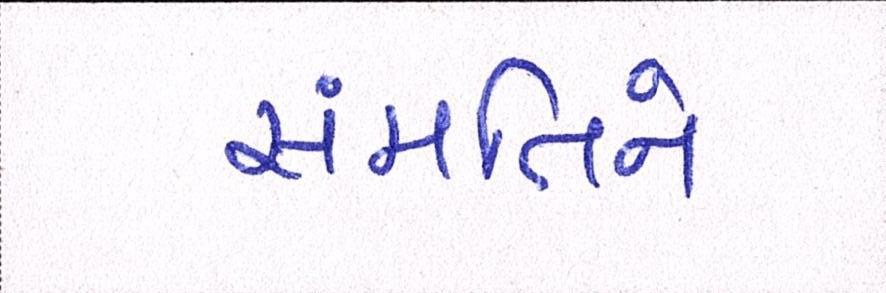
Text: સંમતિને